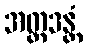
အတ္တဒန္တံ